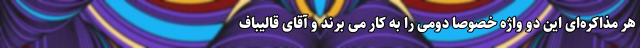
هر مذاکره‌ای این دو واژه خصوصا دومی را به کار می برند و آقای قالیباف